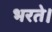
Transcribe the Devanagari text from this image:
भरते।